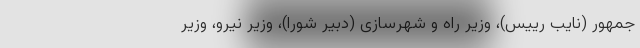
جمهور (نایب رییس)، وزیر راه و شهرسازی (دبیر شورا)، وزیر نیرو، وزیر